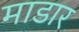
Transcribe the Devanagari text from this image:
माडार